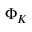
\Phi _ { K }